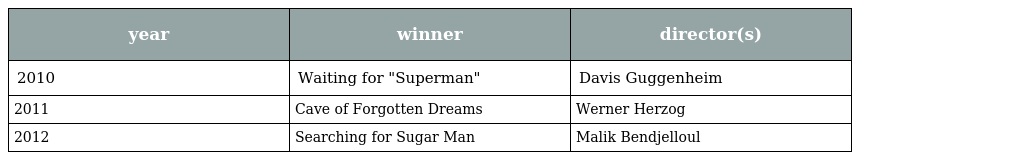
| year | winner | director(s) |
 | --- | --- | --- |
 | 2010 | Waiting for "Superman" | Davis Guggenheim |
 | 2011 | Cave of Forgotten Dreams | Werner Herzog |
 | 2012 | Searching for Sugar Man | Malik Bendjelloul |